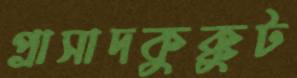
প্রাসাদকুক্কুট